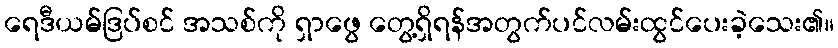
ရေဒီယမ်ဒြပ်စင် အသစ်ကို ရှာဖွေ တွေ့ရှိရန်အတွက်ပင်လမ်းထွင်ပေးခဲ့သေး၏။